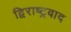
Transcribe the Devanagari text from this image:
द्विराष्ट्रवाद